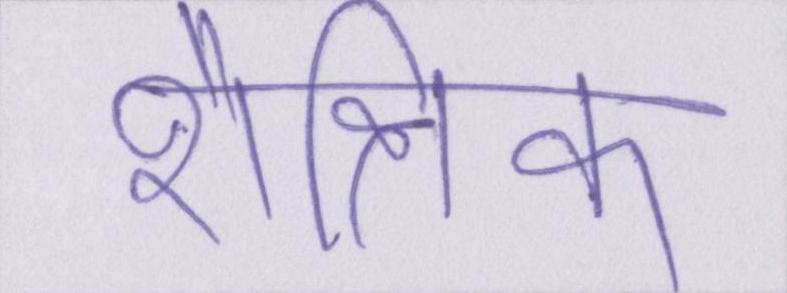
शैक्षिक